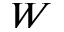
W